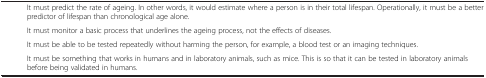
<table><thead><tr><td>[EMPTY_CELL]</td><td>[EMPTY_CELL]</td></tr></thead><tbody><tr><td>[EMPTY_CELL]</td><td>It must predict the rate of ageing. In other words, it would estimate where a person is in their total lifespan. Operationally, it must be a better predictor of lifespan than chronological age alone.</td></tr><tr><td>[EMPTY_CELL]</td><td>It must monitor a basic process that underlines the ageing process, not the effects of diseases.</td></tr><tr><td>[EMPTY_CELL]</td><td>It must be able to be tested repeatedly without harming the person, for example, a blood test or an imaging techniques.</td></tr><tr><td>[EMPTY_CELL]</td><td>It must be something that works in humans and in laboratory animals, such as mice. This is so that it can be tested in laboratory animals before being validated in humans.</td></tr></tbody></table>